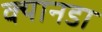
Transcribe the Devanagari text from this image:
क्यानडा